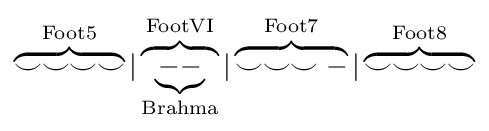
\overbrace {\smile \smile \smile \smile } ^{\mathrm {Foot5} }|\overbrace {\underbrace {--} _{\mathrm {Brahma} }} ^{\mathrm {FootVI} }|\overbrace {\smile \smile \smile -} ^{\mathrm {Foot7} }|\overbrace {\smile \smile \smile \smile } ^{\mathrm {Foot8} }